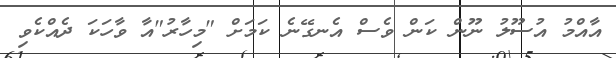
އާއްމު އުސޫލު ނޫން ކަން ވެސް އެނގޭނެ ކަމަށް "މިހާރު"އާ ވާހަކަ ދެއްކެވި